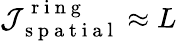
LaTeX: \mathcal{J}_{\mathrm{~s~p~a~t~i~a~l~}}^{\mathrm{~r~i~n~g~}}\approx L